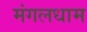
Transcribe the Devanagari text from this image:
मंगलधाम